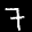
Label: 7